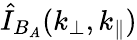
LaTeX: \hat{I}_{B_{A}}(k_{\perp},k_{\parallel})